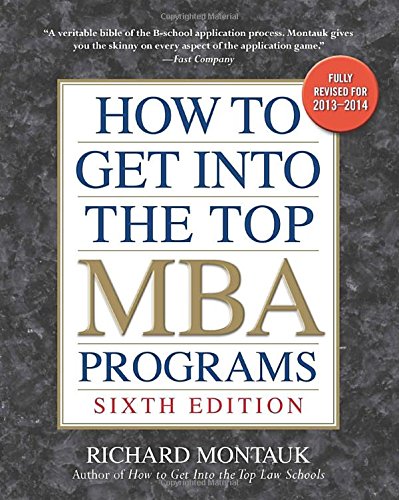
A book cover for How to Get into the Top MBA Programs, 6th Editon; Richard Montauk; Education & Teaching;